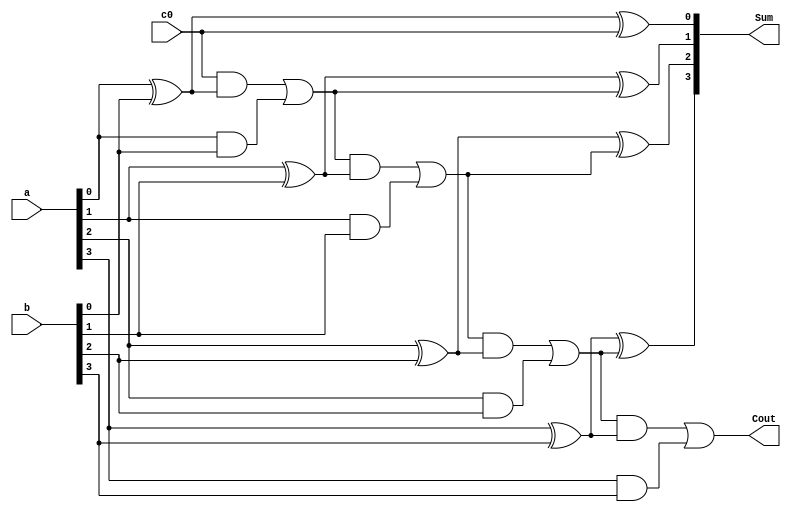
`timescale 1ns / 1ps

module CLA_4bit(input [3:0]a, input [3:0]b, input c0, output [3:0]Sum, output Cout);
    wire P0, P1, P2, P3, G0, G1, G2, G3, c1, c2, c3;
    
    assign P0 = a[0]^b[0];
    assign P1 = a[1]^b[1];
    assign P2 = a[2]^b[2];
    assign P3 = a[3]^b[3];
    
    assign G0 = a[0]&b[0];
    assign G1 = a[1]&b[1];
    assign G2 = a[2]&b[2];
    assign G3 = a[3]&b[3];
    
    assign Sum[0] = P0^c0;
    assign Sum[1] = P1^c1;
    assign Sum[2] = P2^c2;
    assign Sum[3] = P3^c3;
    
    assign c1 = (c0&P0)|G0;
    assign c2 = (c1&P1)|G1;
    assign c3 = (c2&P2)|G2;
    assign Cout = (c3&P3)|G3;
    
endmodule

module CLA_AdderTree(input [23:0]A, input [23:0]B, output [23:0]product);
    wire gndd, c1, c2, c3, c4, c5, c6;
    assign gndd = 1'b0;
    CLA_4bit a1(A[3:0], B[3:0], gndd, product[3:0], c1);
    CLA_4bit a2(A[7:4], B[7:4], c1, product[7:4], c2);
    CLA_4bit a3(A[11:8], B[11:8], c2, product[11:8], c3);
    CLA_4bit a4(A[15:12], B[15:12], c3, product[15:12], c4);
    CLA_4bit a5(A[19:16], B[19:16], c4, product[19:16], c5);
    CLA_4bit a6(A[23:20], B[23:20], c5, product[23:20], c6);
endmodule